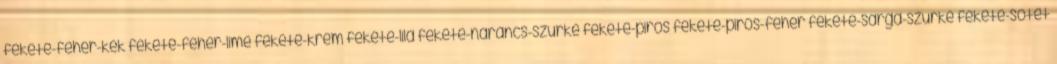
fekete-fehér-kék fekete-fehér-lime fekete-krém fekete-lila fekete-narancs-szürke fekete-piros fekete-piros-fehér fekete-sárga-szürke fekete-sötét